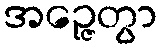
အဉ္ဇေတွာ